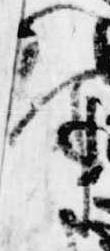
な